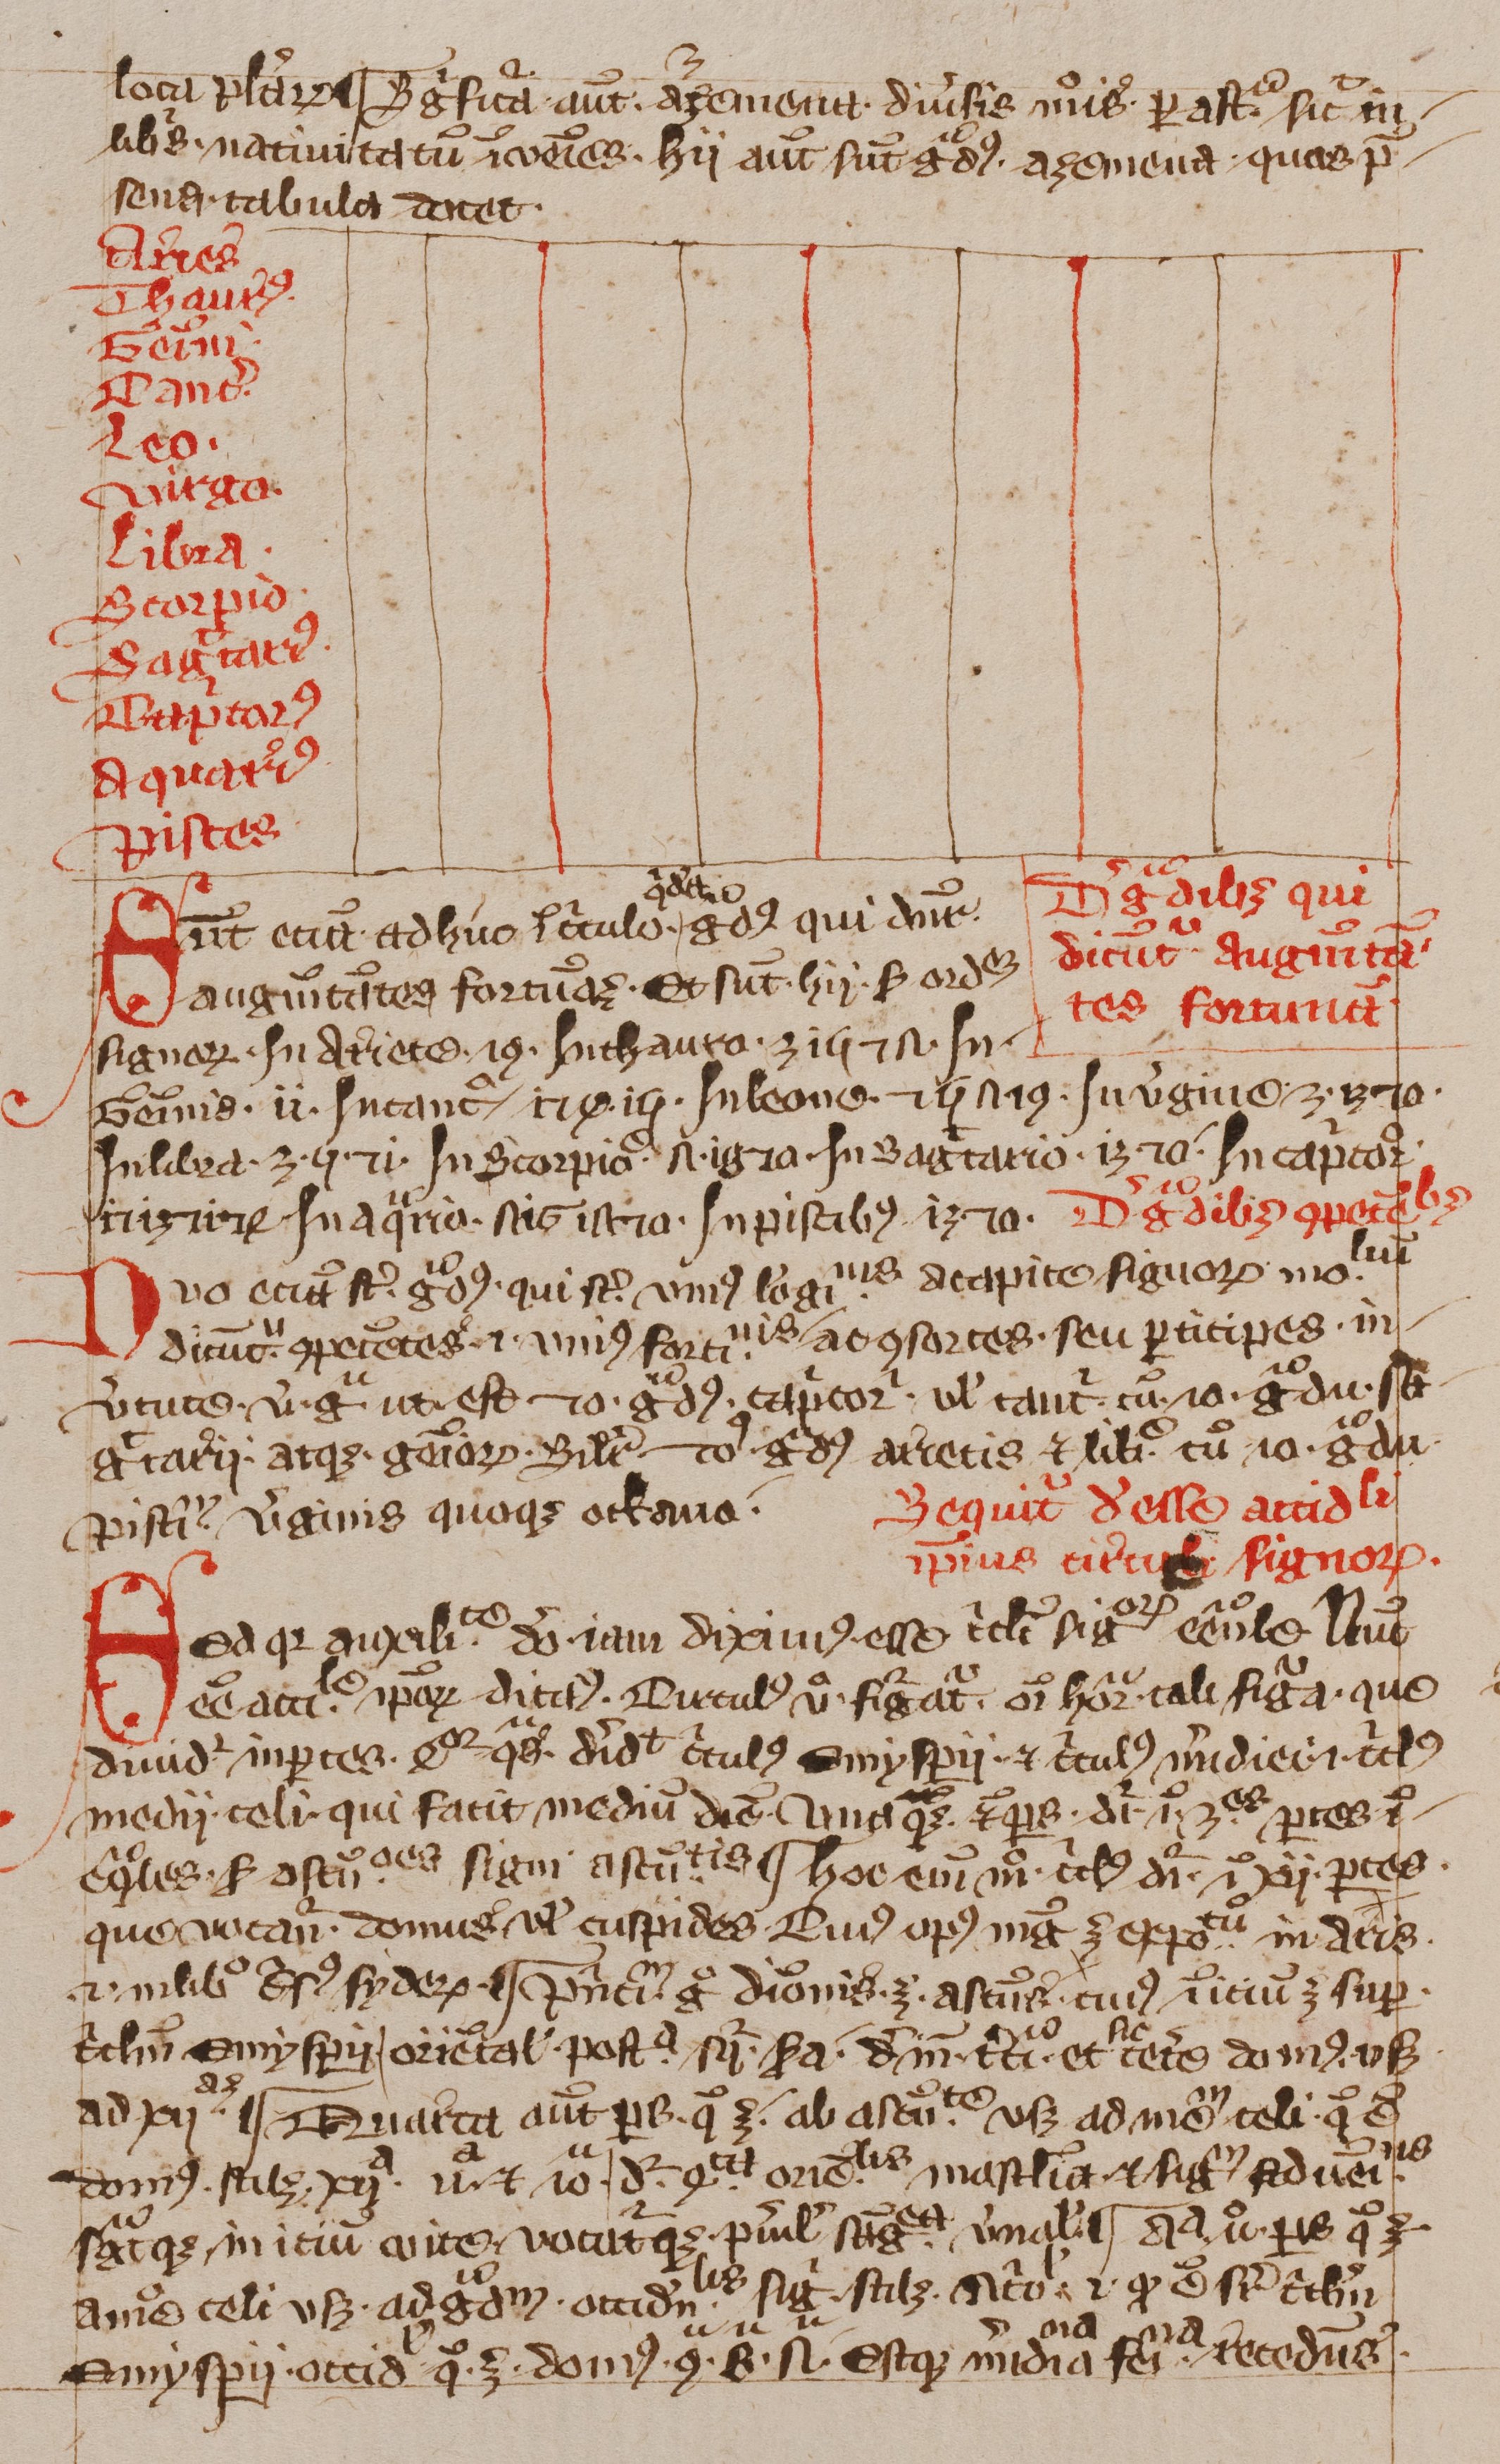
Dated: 1350–1424